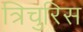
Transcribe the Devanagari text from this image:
त्रिचुरिस